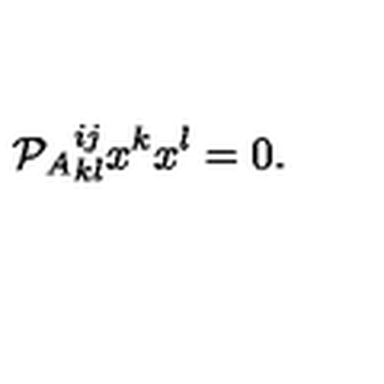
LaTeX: { \cal P } _ { A } { } _ { k l } ^ { i j } x ^ { k } x ^ { l } = 0 .